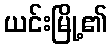
ယင်းမြို့၏